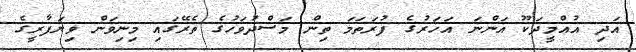
އަދި އުއްމީދަކޫ އަންނަ އަހަރުގެ ފުރަތަމަ ތިން މަސްދުވަހުގެ ތެރޭގައި މިނިވަން ވިޔަފާރީގެ